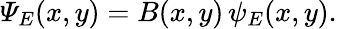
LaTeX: \varPsi_{E}(x,y)=B(x,y)\, \psi_{E}(x,y).